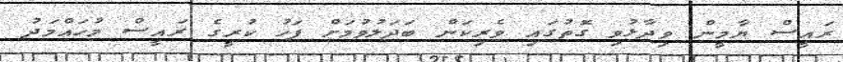
ރައީސް ޔާމީން ވިދާޅުވި ގޮތުގައި ވެރިކަން ބަދަލުވުމަށް ފަހު ކުރީގެ ރައީސް މުހައްމަދު